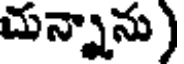
చున్నాను)